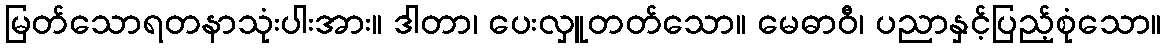
မြတ်သောရတနာသုံးပါးအား။ ဒါတာ၊ ပေးလှူတတ်သော။ မေဓာဝီ၊ ပညာနှင့်ပြည့်စုံသော။